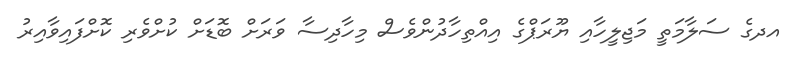
އދގެ ސަލާމަތީ މަޖިލީހާއި ޔޫރަޕްގެ އިއްތިހާދުންވެސް މިހާދިސާ ވަރަށް ބޮޑަށް ކުށްވެރި ކޮށްފައިވާއިރު